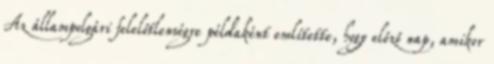
Az állampolgári felelőtlenségre példaként említette, hogy előző nap, amikor